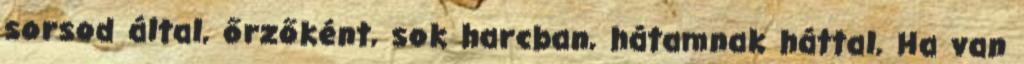
sorsod által, őrzőként, sok harcban, hátamnak háttal, Ha van